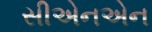
સીએનએન